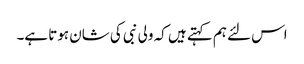
اس لئے ہم کہتے ہیں کہ ولی نبی کی شان ہوتا ہے۔